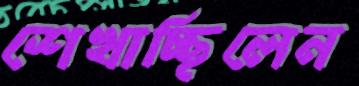
শেখাচ্ছিলেন